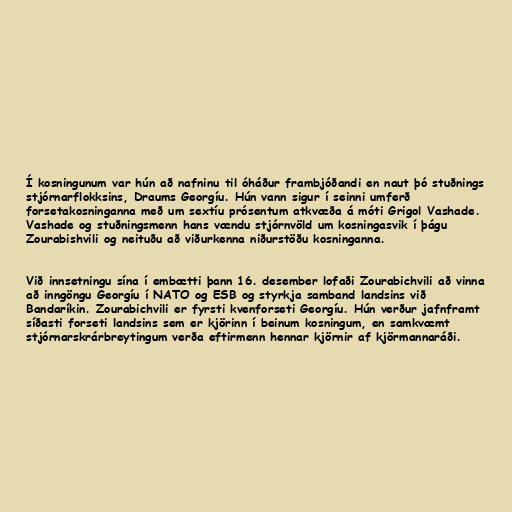
Í kosningunum var hún að nafninu til óháður frambjóðandi en naut þó stuðnings
stjórnarflokksins, Draums Georgíu. Hún vann sigur í seinni umferð
forsetakosninganna með um sextíu prósentum atkvæða á móti Grigol Vashade.
Vashade og stuðningsmenn hans vændu stjórnvöld um kosningasvik í þágu
Zourabishvili og neituðu að viðurkenna niðurstöðu kosninganna.

Við innsetningu sína í embætti þann 16. desember lofaði Zourabichvili að vinna
að inngöngu Georgíu í NATO og ESB og styrkja samband landsins við
Bandaríkin. Zourabichvili er fyrsti kvenforseti Georgíu. Hún verður jafnframt
síðasti forseti landsins sem er kjörinn í beinum kosningum, en samkvæmt
stjórnarskrárbreytingum verða eftirmenn hennar kjörnir af kjörmannaráði.